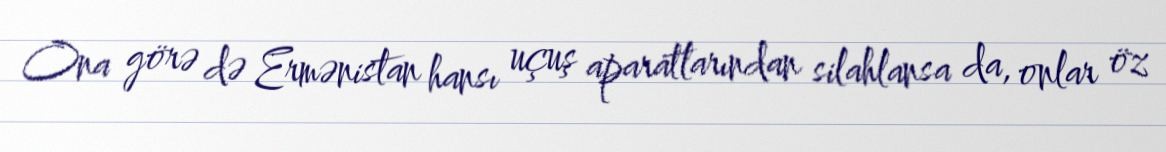
Ona görə də Ermənistan hansı uçuş aparatlarından silahlansa da, onlar öz